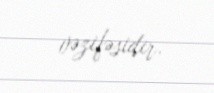
vəzifəsidir.